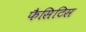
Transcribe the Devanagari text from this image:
फैसिटिस